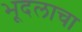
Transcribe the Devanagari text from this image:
भूदलाचा